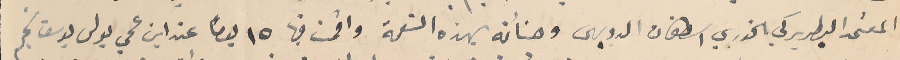
المعتمد البطريركي الخوري اسطفان الدويهى وهنأته بهذه النعمة واقمت فيها ١٥ يومًا عند ابن عمي بولس يوسف نجم